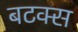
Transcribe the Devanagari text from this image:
बटक्स